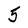
Character: 5